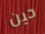
حين